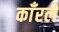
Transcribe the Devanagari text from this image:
काँरले